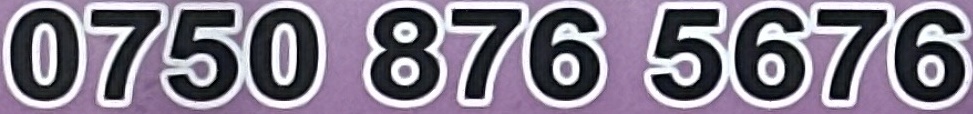
0750 876 5676